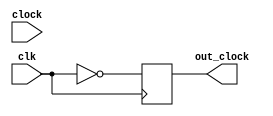
module clock(clock,clk,out_clock);


input clock,clk;
output reg out_clock;

	always@(posedge clk)
		out_clock = ~clk;



endmodule